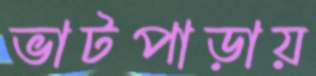
ভাটপাড়ায়